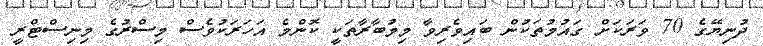
ދުނިޔޭގެ 70 ވަރަކަށް ގައުމުތަކުން ބައިވެރިވާ މިމުބާރާތަކީ ކޮންމެ އަހަރަކުވެސް މިސްރުގެ މިނިސްޓްރީ